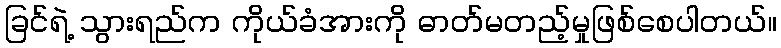
ခြင်ရဲ့ သွားရည်က ကိုယ်ခံအားကို ဓာတ်မတည့်မှုဖြစ်စေပါတယ်။